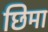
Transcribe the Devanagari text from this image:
छिमा